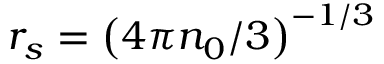
r _ { s } = \left( 4 \pi n _ { 0 } / 3 \right) ^ { - 1 / 3 }